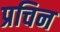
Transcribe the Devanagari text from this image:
प्रचिन